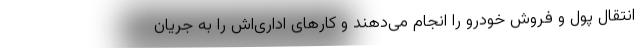
انتقال پول و فروش خودرو را انجام می‌دهند و کارهای اداری‌اش را به جریان